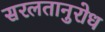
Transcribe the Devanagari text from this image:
सरलतानुरोध